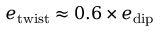
e _ { \mathrm { t w i s t } } \approx 0 . 6 \times e _ { \mathrm { d i p } }